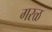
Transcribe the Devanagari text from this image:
गरळ